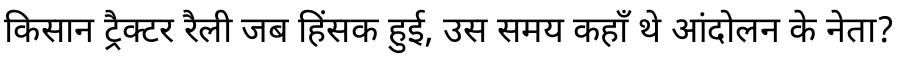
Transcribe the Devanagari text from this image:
किसान ट्रैक्टर रैली जब हिंसक हुई, उस समय कहाँ थे आंदोलन के नेता?